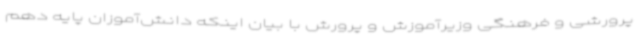
پرورشی و فرهنگی وزیرآموزش و پرورش با بیان اینکه دانش‌آموزان پایه دهم